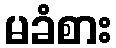
မခံစား